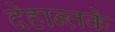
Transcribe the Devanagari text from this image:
देहान्तके